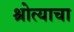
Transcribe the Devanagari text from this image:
श्रोत्याचा